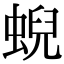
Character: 蜺